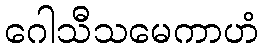
ဂေါသီသမေကာဟံ